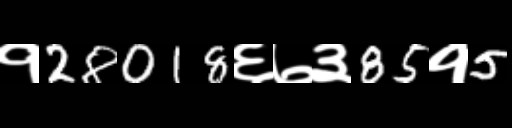
Text: १28018६७३85१5